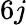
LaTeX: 6j